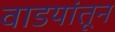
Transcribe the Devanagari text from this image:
वाडयांतून